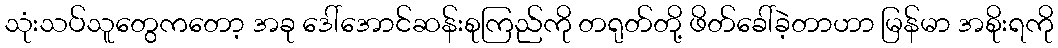
သုံးသပ်သူတွေကတော့ အခု ဒေါ်အောင်ဆန်းစုကြည်ကို တရုတ်တို့ ဖိတ်ခေါ်ခဲ့တာဟာ မြန်မာ အစိုးရကို